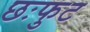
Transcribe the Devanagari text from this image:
छःफुट